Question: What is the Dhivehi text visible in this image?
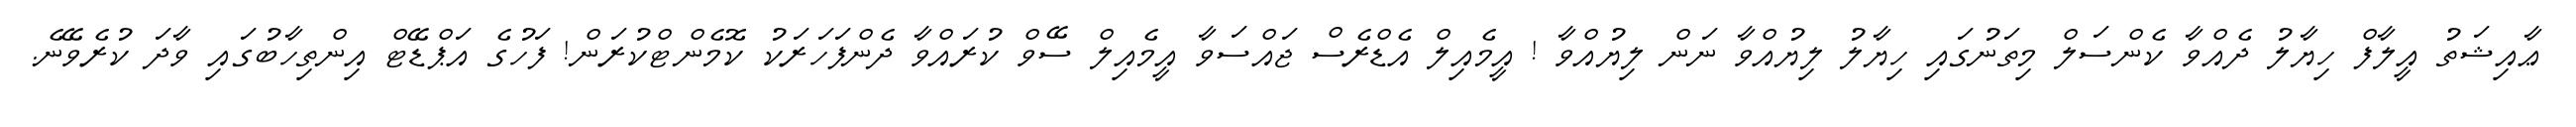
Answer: ޢާއިޝަތު އީލާފް ހިޔާލު ދެއްވާ ކެންސަލް މިތަނުގައި ހިޔާލު ލިޔުއްވާ ނަން ލިޔުއްވާ ! އީމެއިލް އެޑްރެސް ޖައްސަވާ އީމެއިލް ސޭވް ކުރައްވާ ދެންފަހަރަކު ކޮމެންޓްކުރަން! ފަހުގެ އަޕްޑޭޓް އިންތިހާބުގައި ވާދަ ކުރެވޭނެ.